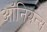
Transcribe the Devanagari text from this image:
ऑनियन्स